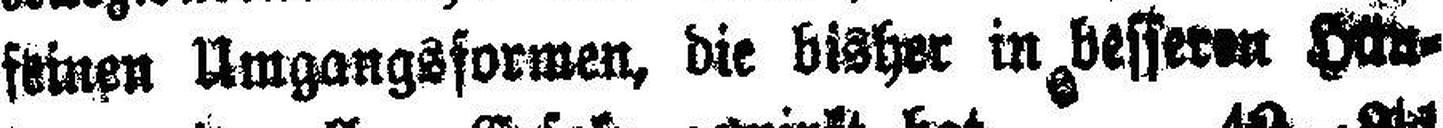
feinen Umgangsformen, die bisher in besseren Häu¬